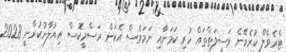
ޓްރެވެލް ކުރެވޭނެ ވަސީލަތްތައް ހުރި ކަމަށާއި ނަމަވެސް އެކަން ރަސްމީކޮސް އިއުލާނުކުރާނީ 2028